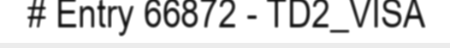
# Entry 66872 - TD2_VISA